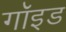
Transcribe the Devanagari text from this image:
गॉइड